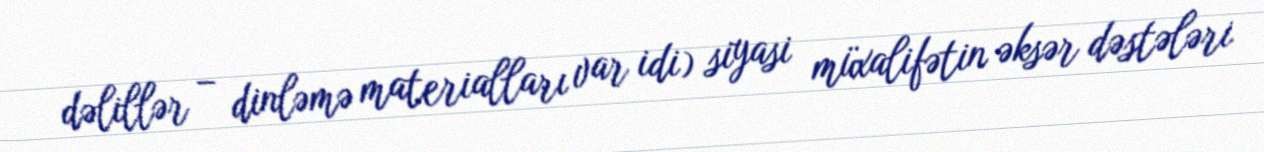
dəlillər – dinləmə materialları var idi) siyasi müxalifətin əksər dəstələri